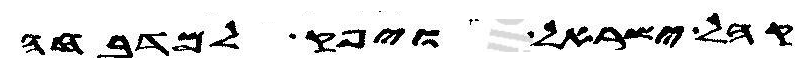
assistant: קהל ישראל ויפק למדבחה